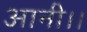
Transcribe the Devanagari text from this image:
आनी।।